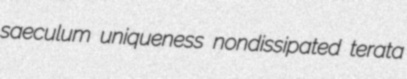
saeculum uniqueness nondissipated terata